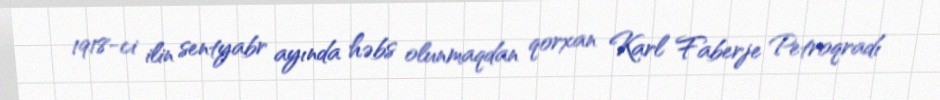
1918-ci ilin sentyabr ayında həbs olunmaqdan qorxan Karl Faberje Petroqradı